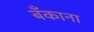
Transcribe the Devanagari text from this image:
बॅंकाना